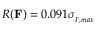
R ( { \bf F } ) = 0 . 0 9 1 \sigma _ { { } _ { F , m a x } }